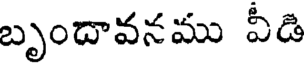
బృందావనము వీడి